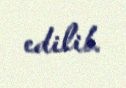
edilib.